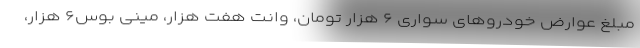
مبلغ عوارض خودروهای سواری ۶ هزار تومان، وانت هفت هزار، مینی بوس۶ هزار،